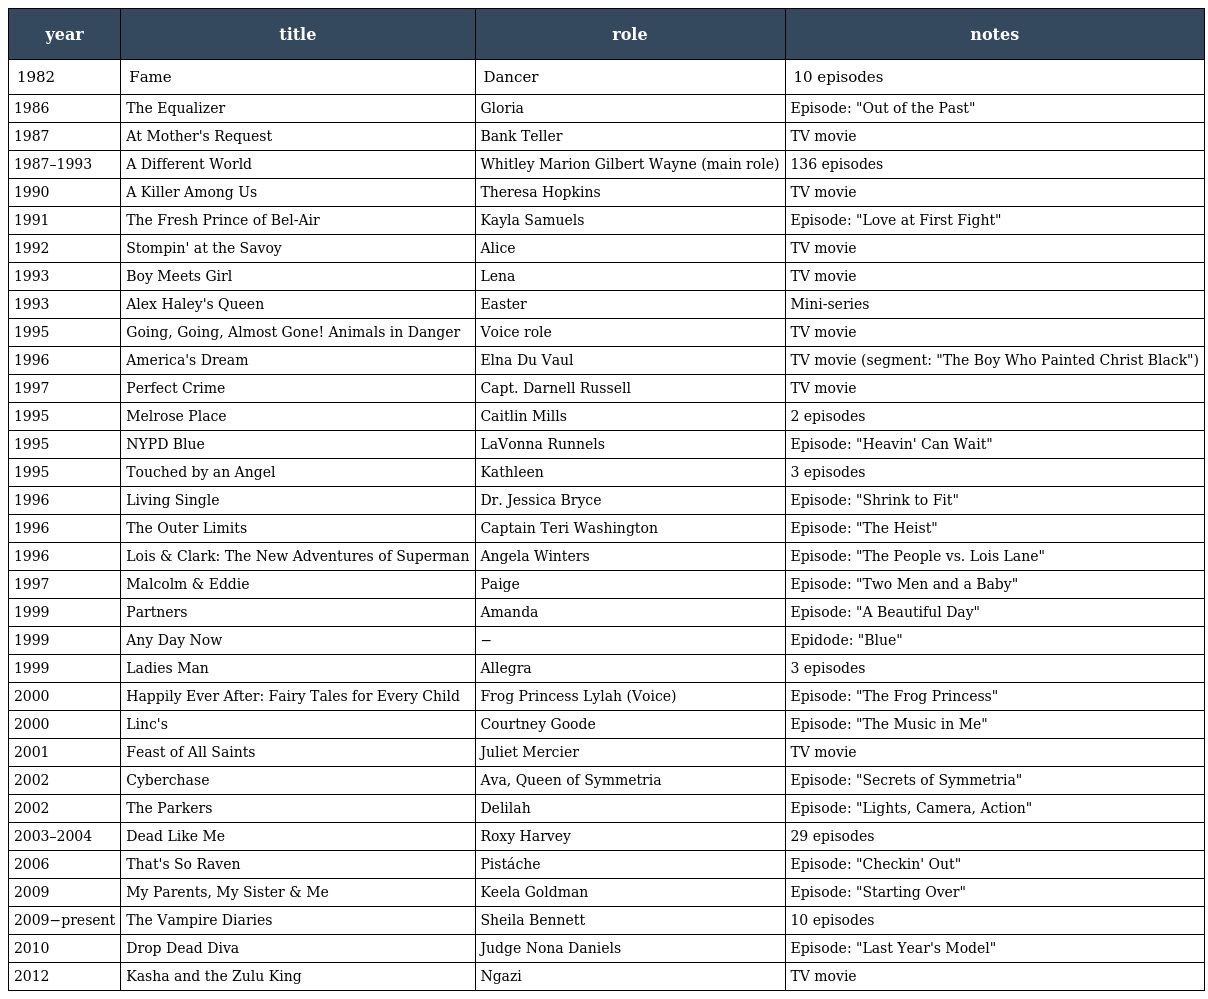
| year | title | role | notes |
 | --- | --- | --- | --- |
 | 1982 | Fame | Dancer | 10 episodes |
 | 1986 | The Equalizer | Gloria | Episode: "Out of the Past" |
 | 1987 | At Mother's Request | Bank Teller | TV movie |
 | 1987–1993 | A Different World | Whitley Marion Gilbert Wayne (main role) | 136 episodes |
 | 1990 | A Killer Among Us | Theresa Hopkins | TV movie |
 | 1991 | The Fresh Prince of Bel-Air | Kayla Samuels | Episode: "Love at First Fight" |
 | 1992 | Stompin' at the Savoy | Alice | TV movie |
 | 1993 | Boy Meets Girl | Lena | TV movie |
 | 1993 | Alex Haley's Queen | Easter | Mini-series |
 | 1995 | Going, Going, Almost Gone! Animals in Danger | Voice role | TV movie |
 | 1996 | America's Dream | Elna Du Vaul | TV movie (segment: "The Boy Who Painted Christ Black") |
 | 1997 | Perfect Crime | Capt. Darnell Russell | TV movie |
 | 1995 | Melrose Place | Caitlin Mills | 2 episodes |
 | 1995 | NYPD Blue | LaVonna Runnels | Episode: "Heavin' Can Wait" |
 | 1995 | Touched by an Angel | Kathleen | 3 episodes |
 | 1996 | Living Single | Dr. Jessica Bryce | Episode: "Shrink to Fit" |
 | 1996 | The Outer Limits | Captain Teri Washington | Episode: "The Heist" |
 | 1996 | Lois & Clark: The New Adventures of Superman | Angela Winters | Episode: "The People vs. Lois Lane" |
 | 1997 | Malcolm & Eddie | Paige | Episode: "Two Men and a Baby" |
 | 1999 | Partners | Amanda | Episode: "A Beautiful Day" |
 | 1999 | Any Day Now | − | Epidode: "Blue" |
 | 1999 | Ladies Man | Allegra | 3 episodes |
 | 2000 | Happily Ever After: Fairy Tales for Every Child | Frog Princess Lylah (Voice) | Episode: "The Frog Princess" |
 | 2000 | Linc's | Courtney Goode | Episode: "The Music in Me" |
 | 2001 | Feast of All Saints | Juliet Mercier | TV movie |
 | 2002 | Cyberchase | Ava, Queen of Symmetria | Episode: "Secrets of Symmetria" |
 | 2002 | The Parkers | Delilah | Episode: "Lights, Camera, Action" |
 | 2003–2004 | Dead Like Me | Roxy Harvey | 29 episodes |
 | 2006 | That's So Raven | Pistáche | Episode: "Checkin' Out" |
 | 2009 | My Parents, My Sister & Me | Keela Goldman | Episode: "Starting Over" |
 | 2009−present | The Vampire Diaries | Sheila Bennett | 10 episodes |
 | 2010 | Drop Dead Diva | Judge Nona Daniels | Episode: "Last Year's Model" |
 | 2012 | Kasha and the Zulu King | Ngazi | TV movie |